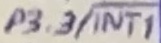
Text: P3.3/INT1